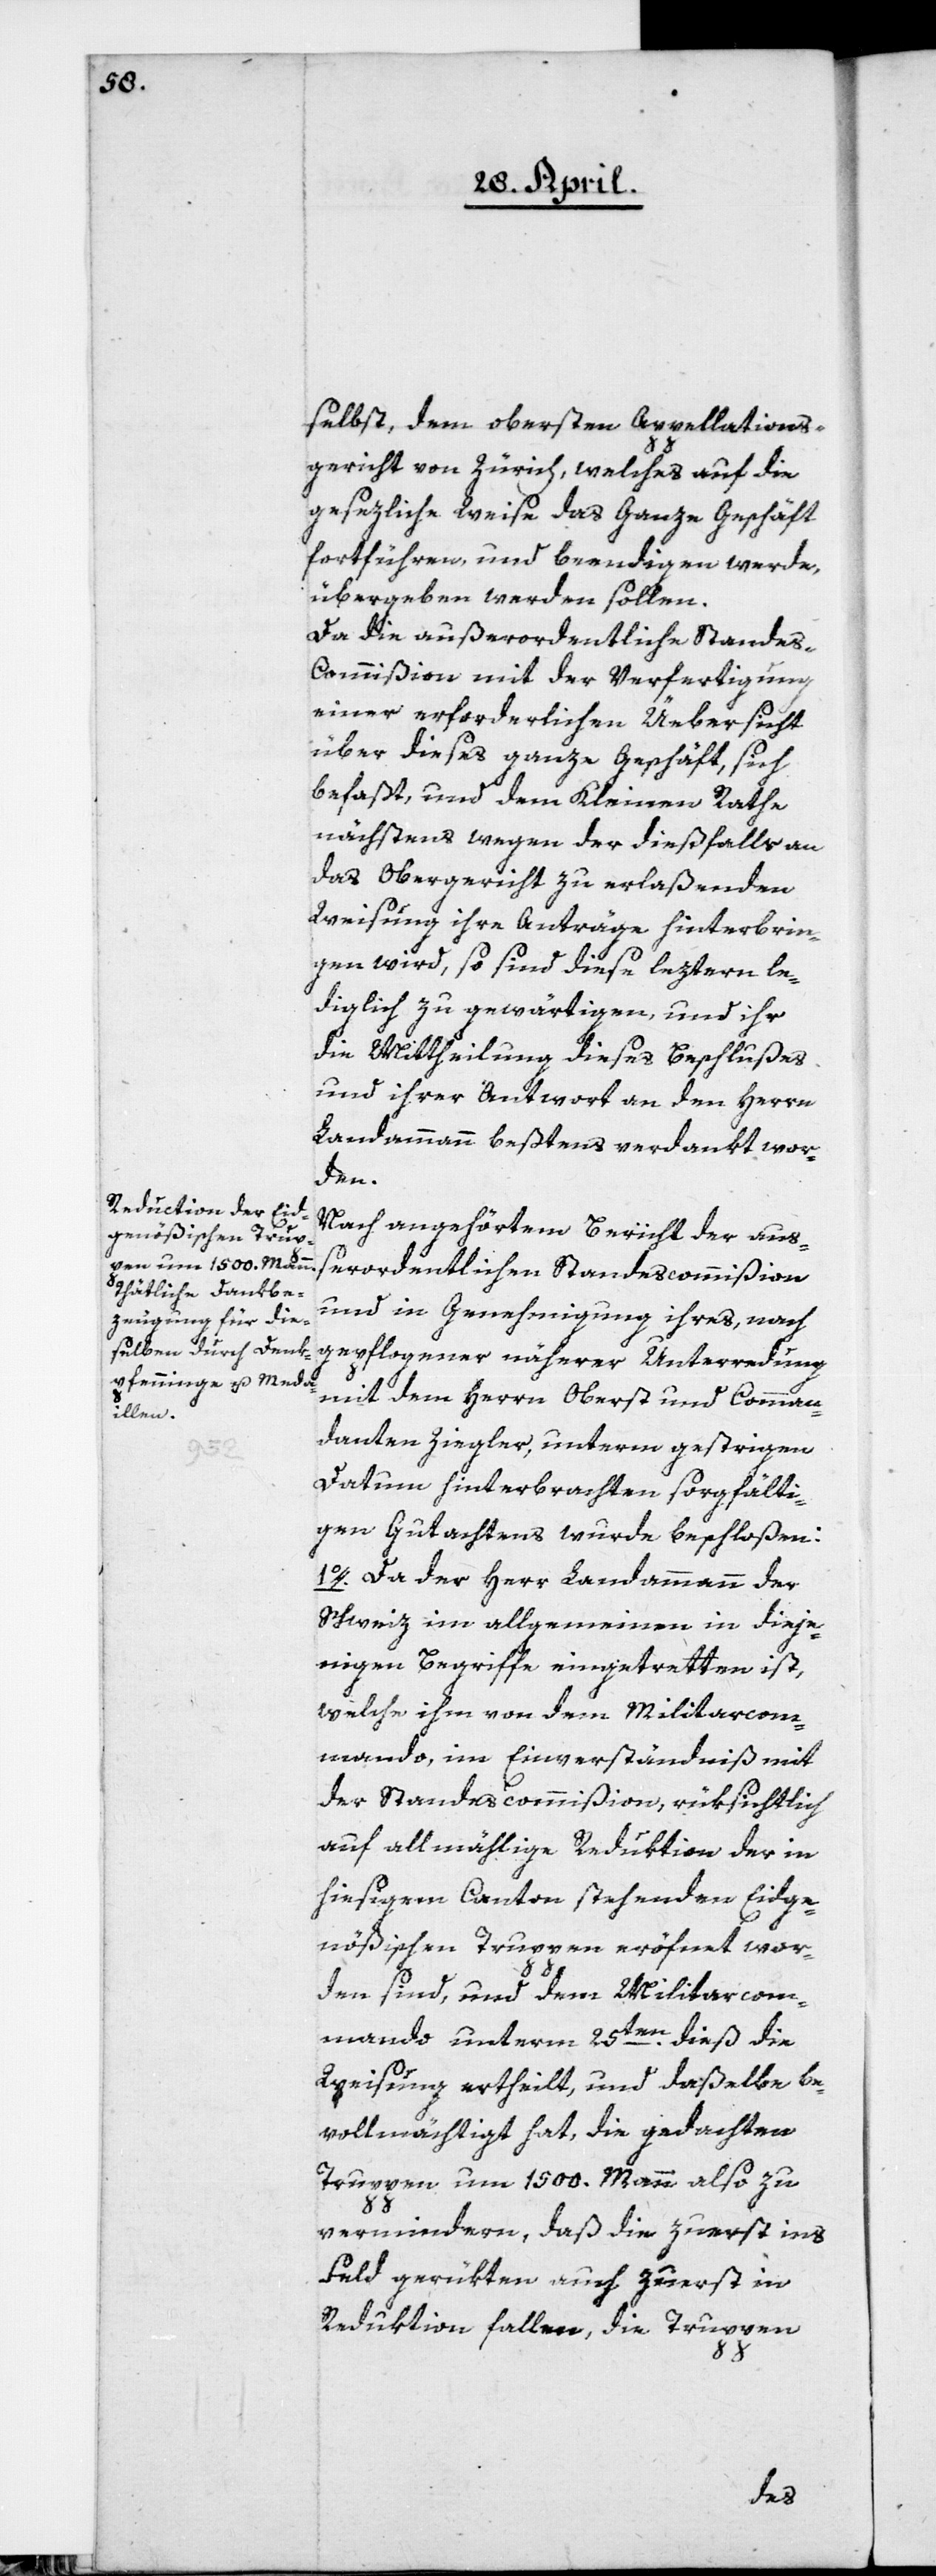
selbst, dem obersten Appellations¬
gericht von Zürich, welches auf die
gesezliche Weise das Ganze Geschäft
fortführen und beendigen werde,
übergeben werden sollen.
Da die außerordentliche Stande¬
s-Commißion mit der Verfertigung
einer erforderlichen Üebersicht
über dieses ganze Geschäft, sich
befaßt, und dem Kleinen Rathe
nächstens wegen der dießfalls an
das Obergericht zu erlaßenden
Weisung ihre Anträge hinterbrin¬
gen wird, so sind diese leztern le¬
diglich zu gewärtigen, und ihr
die Mittheilung dieses Beschlußes
und ihrer Antwort an den Herrn
Landammann beßtens verdankt wor¬
den.
Nach angehörtem Bericht der auß¬
erordentlichen Standescommißion
und in Genehmigung ihres, nach
gepflogener näherer Unterredung
mit dem Herrn Oberst und Comman¬
danten Ziegler, unterm gestrigen
Datum hinterbrachten sorgfälti¬
gen Gutachtens wurde beschloßen:
1o. Da der Herr Landammann der
Schweiz im allgemeinen in dieje¬
nigen Begriffe eingetretten ist,
welche ihm von dem Militarcom¬
mando, im Einverständniß mit
der Standescommißion, rüksichtlich
auf allmählige Reduktion der in
hiesigem Canton stehenden Eidge¬
nößischen Truppen eröffnet wor¬
den sind, und dem Militarcom¬
mando unterm 25ten dieß die
Weisung ertheilt, und daßelbe be¬
vollmächtigt hat, die gedachten
Truppen um 1500. Mann also zu
vermindern, daß die zuerst ins
Feld gerükten auch zuerst in
Reduktion fallen, die Truppen